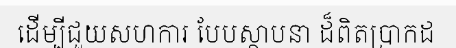
ដើម្បីជួយសហការ បែបស្ថាបនា ដ៏ពិតប្រាកដ